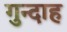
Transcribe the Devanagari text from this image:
गुन्दाह